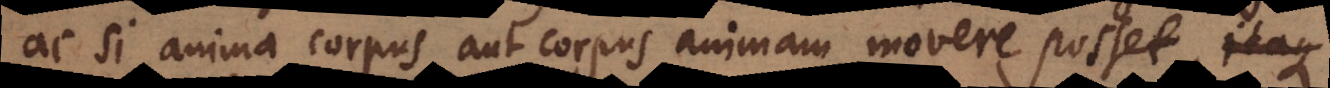
ac si anima corpus aut corpus animam movere posset. Sed